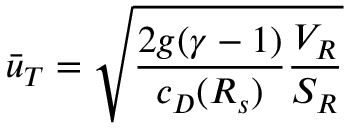
\bar { u } _ { T } = \sqrt { \frac { 2 g ( \gamma - 1 ) } { c _ { D } ( { \cal R } _ { s } ) } \frac { V _ { R } } { S _ { R } } }